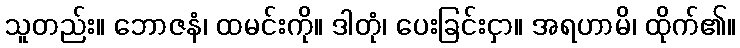
သူတည်း။ ဘောဇနံ၊ ထမင်းကို။ ဒါတုံ၊ ပေးခြင်းငှာ။ အရဟာမိ၊ ထိုက်၏။